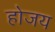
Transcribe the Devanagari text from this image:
होजय